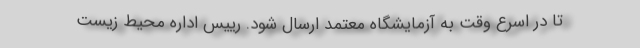
تا در اسرع وقت به آزمایشگاه معتمد ارسال شود. رییس اداره محیط زیست